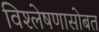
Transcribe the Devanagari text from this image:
विश्लेषणासोबत